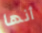
أنها